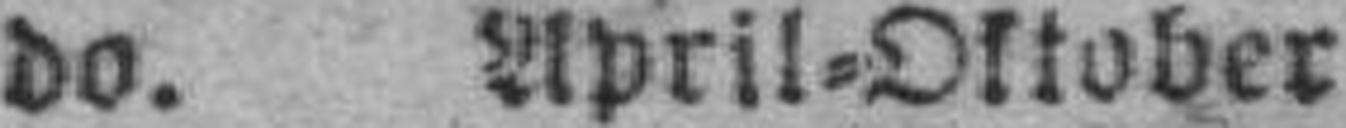
do. April=Oktober